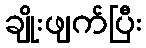
ချိုးဖျက်ပြီး